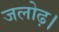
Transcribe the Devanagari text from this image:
जलोढ़।